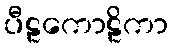
ပီဠကောဠိကာ